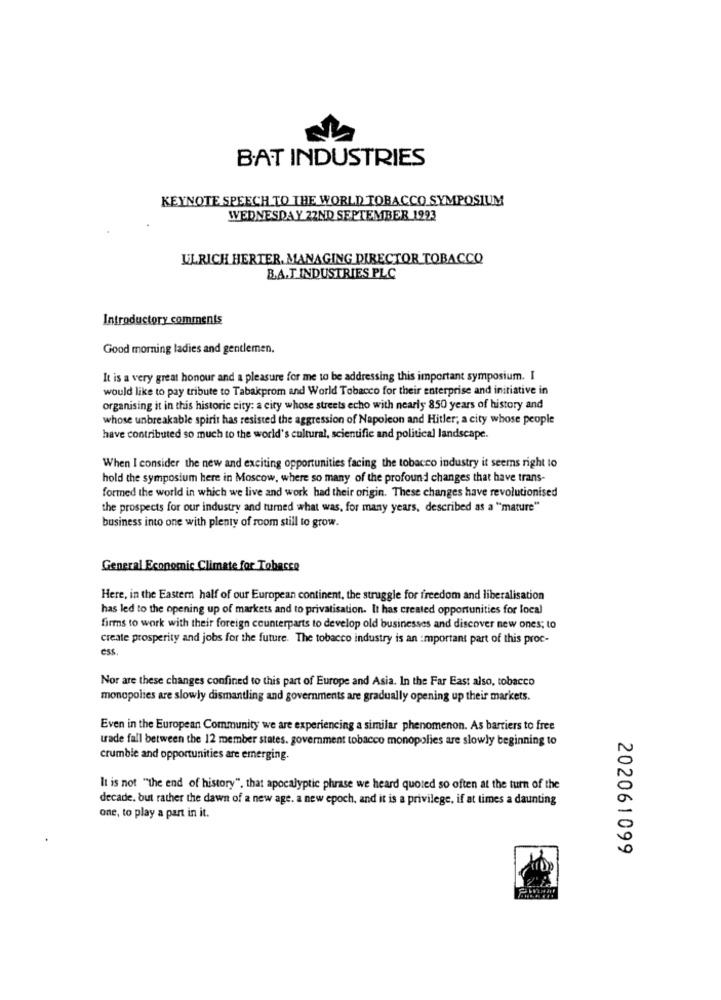
BAT INDUSTRIES
KEYNOTE SPEECH TO THE WORLD TOBACCO SYMPOSIUM
WEDNESDAY 22ND SEPTEMBER 1993
ULRICH HERTER, MANAGING DIRECTOR TOBACCO
B.A.T INDUSTRIES PLC
Introductory comments
Good morning ladies and gentlemen.
It is a very great honour and a pleasure for me to be addressing this important symposium. I
would like to pay tribute to Tabakprom and World Tobacco for their enterprise and initiative in
organising it in this historic city: a city whose streets echo with nearly 850 years of history and
whose unbreakable spirit has resisted the aggression of Napoleon and Hitler; a city whose people
have contributed so much to the world's cultural, scientific and political landscape.
When I consider the new and exciting opportunities facing the tobacco industry it seems right to
hold the symposium here in Moscow, where so many of the profound changes that have trans-
formed the world in which we live and work had their origin. These changes have revolutionised
the prospects for our industry and turned what was, for many years, described as a "mature"
business into one with plenty of room still to grow.
General Economic Climate for Tobacco
Here, in the Eastern half of our European continent, the struggle for freedom and liberalisation
has led to the opening up of markets and to privatisation. It has created opportunities for local
firms to work with their foreign counterparts to develop old businesses and discover new ones; to
create prosperity and jobs for the future. The tobacco industry is an :mportant part of this proc-
css.
Nor are these changes confined to this part of Europe and Asia. In the Far East also, tobacco
monopolies are slowly dismantling and governments are gradually opening up their markets.
Even in the European Community we are experiencing a similar phenomenon. As barriers to free
trade fall between the 12 member states. government tobacco monopolies are slowly beginning to
crumble and opportunities are emerging.
It is not "the end of history", that apocalyptic phrase we heard quoted so often at the turn of the
decade. but rather the dawn of a new age. a new epoch, and it is a privilege, if at times a daunting
one, to play a part in it.
202061099